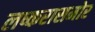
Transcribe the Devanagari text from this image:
लष्करासमोर